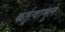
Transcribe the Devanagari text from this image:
कर्तृत्वामुले